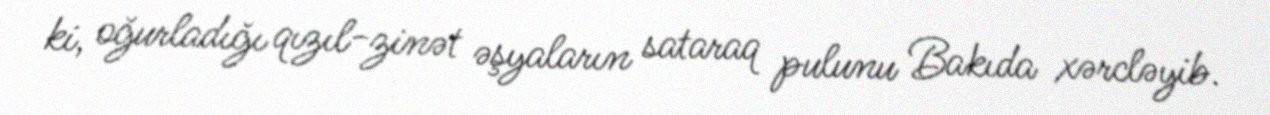
ki, oğurladığı qızıl-zinət əşyaların sataraq pulunu Bakıda xərcləyib.